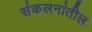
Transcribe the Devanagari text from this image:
संकलनांतील